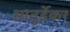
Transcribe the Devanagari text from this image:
सातुर्डेकर